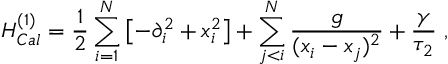
H _ { C a l } ^ { ( 1 ) } = { \frac { 1 } { 2 } } \sum _ { i = 1 } ^ { N } \left[ - \partial _ { i } ^ { 2 } + x _ { i } ^ { 2 } \right] + \sum _ { j < i } ^ { N } \frac g { ( x _ { i } - x _ { j } ) ^ { 2 } } + \frac { \gamma } { \tau _ { 2 } } \ ,